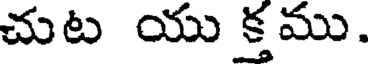
చుట యు క్తము.